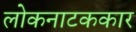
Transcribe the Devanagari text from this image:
लोकनाटककार